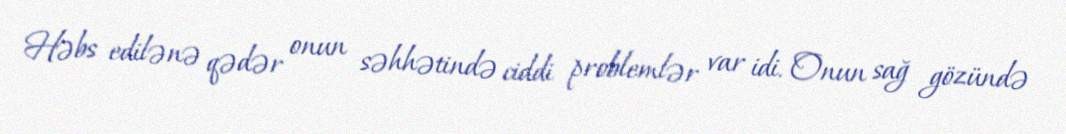
Həbs edilənə qədər onun səhhətində ciddi problemlər var idi. Onun sağ gözündə